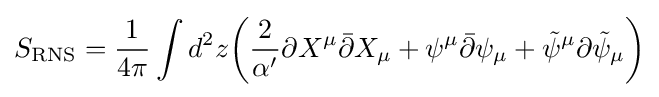
S_{\text{RNS}}={\frac {1}{4\pi }}\int d^{2}z{\bigg (}{\frac {2}{\alpha '}}\partial X^{\mu }{\bar {\partial }}X_{\mu }+\psi ^{\mu }{\bar {\partial }}\psi _{\mu }+{\tilde {\psi }}^{\mu }\partial {\tilde {\psi }}_{\mu }{\bigg )}